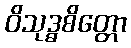
ဝိသုဒ္ဓစိတ္တော